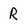
Character: R